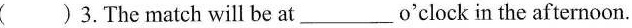
()3.The match will be at___o'clock in the afternoon.